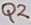
Text: Q2